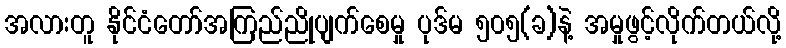
အလားတူ နိုင်ငံတော်အကြည်ညိုပျက်စေမှု ပုဒ်မ ၅၀၅(ခ)နဲ့ အမှုဖွင့်လိုက်တယ်လို့